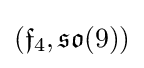
({\mathfrak {f}}_{4},{\mathfrak {so}}(9))